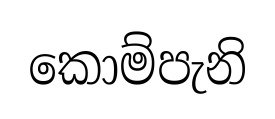
කොම්පැනි